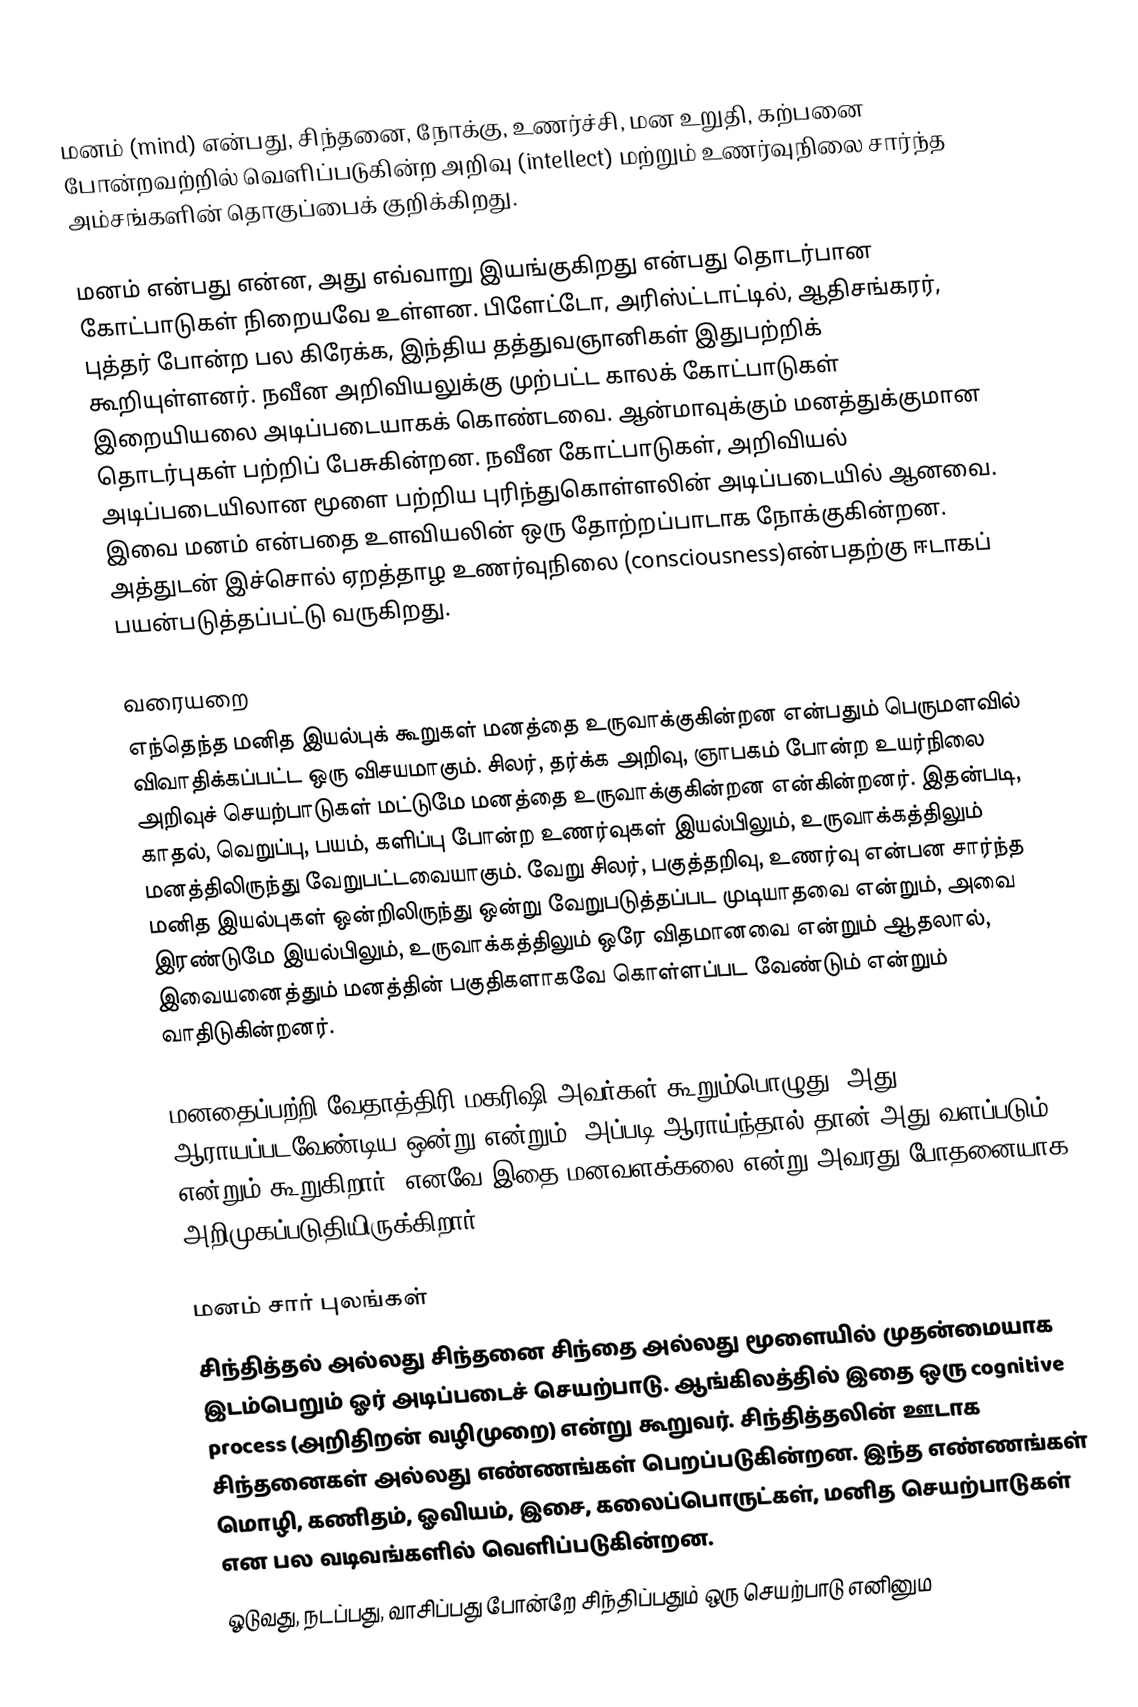
மனம் (mind) என்பது, சிந்தனை, நோக்கு, உணர்ச்சி, மன உறுதி, கற்பனை போன்றவற்றில் வெளிப்படுகின்ற அறிவு (intellect) மற்றும் உணர்வுநிலை சார்ந்த அம்சங்களின் தொகுப்பைக் குறிக்கிறது.

மனம் என்பது என்ன, அது எவ்வாறு இயங்குகிறது என்பது தொடர்பான கோட்பாடுகள் நிறையவே உள்ளன. பிளேட்டோ, அரிஸ்ட்டாட்டில், ஆதிசங்கரர், புத்தர் போன்ற பல கிரேக்க, இந்திய தத்துவஞானிகள் இதுபற்றிக் கூறியுள்ளனர். நவீன அறிவியலுக்கு முற்பட்ட காலக் கோட்பாடுகள் இறையியலை அடிப்படையாகக் கொண்டவை. ஆன்மாவுக்கும் மனத்துக்குமான தொடர்புகள் பற்றிப் பேசுகின்றன. நவீன கோட்பாடுகள், அறிவியல் அடிப்படையிலான மூளை பற்றிய புரிந்துகொள்ளலின் அடிப்படையில் ஆனவை. இவை மனம் என்பதை உளவியலின் ஒரு தோற்றப்பாடாக நோக்குகின்றன. அத்துடன் இச்சொல் ஏறத்தாழ உணர்வுநிலை (consciousness)என்பதற்கு ஈடாகப் பயன்படுத்தப்பட்டு வருகிறது.

வரையறை
எந்தெந்த மனித இயல்புக் கூறுகள் மனத்தை உருவாக்குகின்றன என்பதும் பெருமளவில் விவாதிக்கப்பட்ட ஒரு விசயமாகும். சிலர், தர்க்க அறிவு, ஞாபகம் போன்ற உயர்நிலை அறிவுச் செயற்பாடுகள் மட்டுமே மனத்தை உருவாக்குகின்றன என்கின்றனர். இதன்படி, காதல், வெறுப்பு, பயம், களிப்பு போன்ற உணர்வுகள் இயல்பிலும், உருவாக்கத்திலும் மனத்திலிருந்து வேறுபட்டவையாகும். வேறு சிலர், பகுத்தறிவு, உணர்வு என்பன சார்ந்த மனித இயல்புகள் ஒன்றிலிருந்து ஒன்று வேறுபடுத்தப்பட முடியாதவை என்றும், அவை இரண்டுமே இயல்பிலும், உருவாக்கத்திலும் ஒரே விதமானவை என்றும் ஆதலால், இவையனைத்தும் மனத்தின் பகுதிகளாகவே கொள்ளப்பட வேண்டும் என்றும் வாதிடுகின்றனர்.

மனதைப்பற்றி வேதாத்திரி மகரிஷி அவர்கள் கூறும்பொழுது, அது ஆராயப்படவேண்டிய ஒன்று என்றும், அப்படி ஆராய்ந்தால் தான் அது வளப்படும் என்றும் கூறுகிறார். எனவே இதை மனவளக்கலை என்று அவரது போதனையாக அறிமுகப்படுதியிருக்கிறார்."

மனம் சார் புலங்கள்
சிந்தித்தல் அல்லது சிந்தனை சிந்தை அல்லது மூளையில் முதன்மையாக இடம்பெறும் ஓர் அடிப்படைச் செயற்பாடு. ஆங்கிலத்தில் இதை ஒரு cognitive process (அறிதிறன் வழிமுறை) என்று கூறுவர். சிந்தித்தலின் ஊடாக சிந்தனைகள் அல்லது எண்ணங்கள் பெறப்படுகின்றன. இந்த எண்ணங்கள் மொழி, கணிதம், ஓவியம், இசை, கலைப்பொருட்கள், மனித செயற்பாடுகள் என பல வடிவங்களில் வெளிப்படுகின்றன.
ஓடுவது, நடப்பது, வாசிப்பது போன்றே சிந்திப்பதும் ஒரு செயற்பாடு எனினும